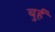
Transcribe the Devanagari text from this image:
बुर्ह